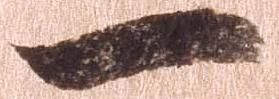
一